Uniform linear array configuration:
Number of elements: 8
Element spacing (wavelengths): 1
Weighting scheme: blackman
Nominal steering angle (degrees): -45
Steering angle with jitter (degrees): -46.355
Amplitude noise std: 0.05
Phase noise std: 0.05

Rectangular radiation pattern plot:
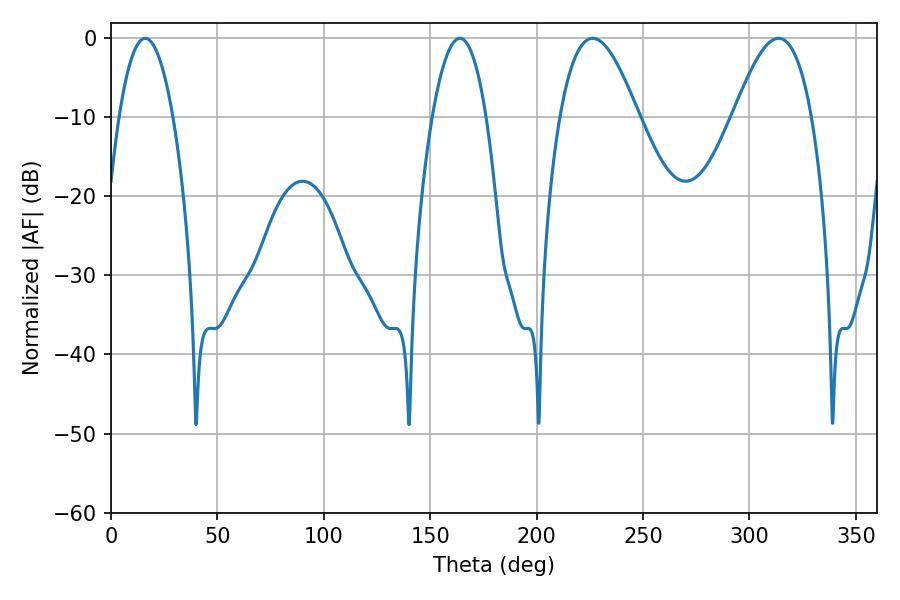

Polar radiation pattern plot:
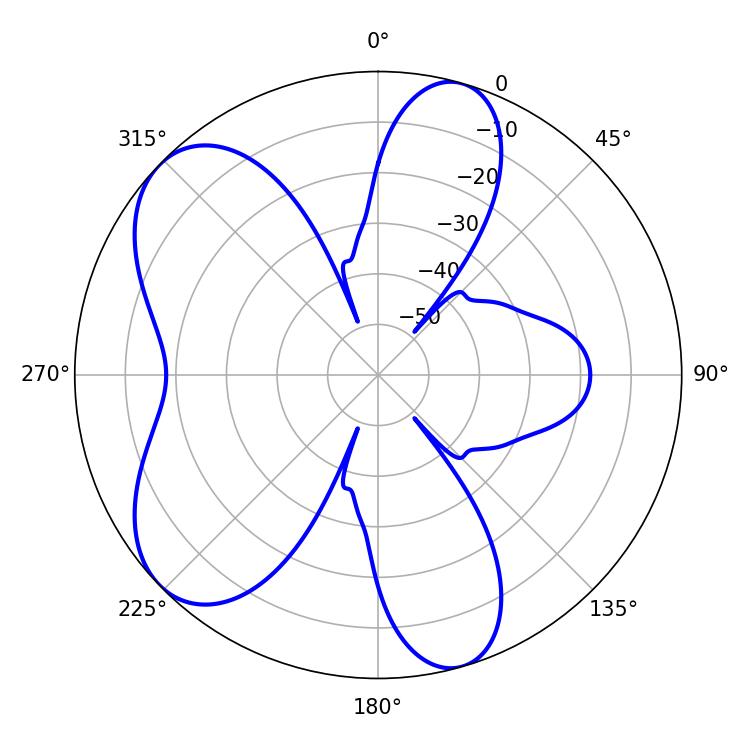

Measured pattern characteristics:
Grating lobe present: TRUE
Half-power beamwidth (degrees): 14.04
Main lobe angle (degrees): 16.02